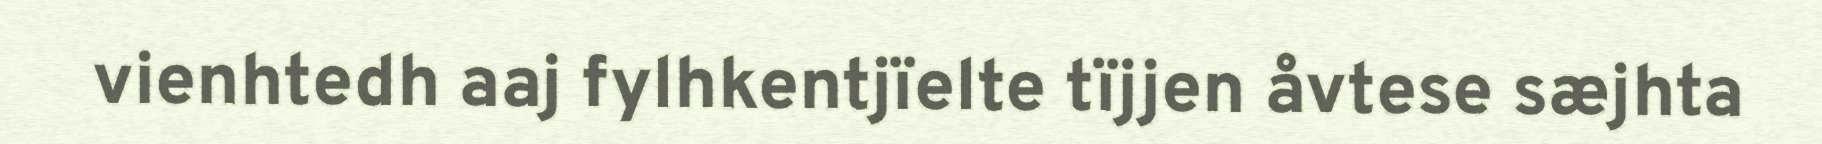
vienhtedh aaj fylhkentjïelte tïjjen åvtese sæjhta